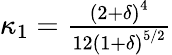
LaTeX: \begin{array}{r}{\kappa_{1}=\frac{{{{({2+\delta})}^{4}}}}{{12{{({1+\delta})}^{5/2}}}}}\end{array}